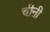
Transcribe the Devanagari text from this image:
चीऩी